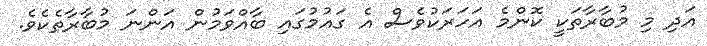
އަދި މި މުބާރާތަކީ ކޮންމެ އަހަރަކުވެސް އެ ގައުމުގައި ބާއްވަމުން އަންނަ މުބާރާތެކެވެ.